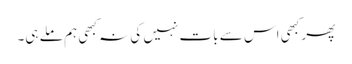
پھر کبھی اس سے بات نہیں کی نہ کبھی ہم ملے ہی۔